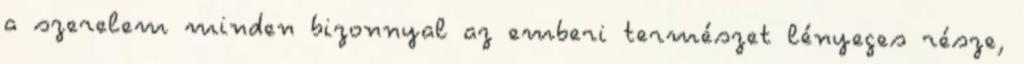
a szerelem minden bizonnyal az emberi természet lényeges része,